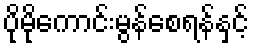
ပိုမိုကောင်းမွန်စေရန်နှင့်